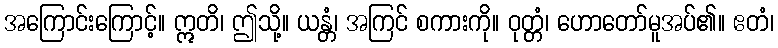
အကြောင်းကြောင့်။ ဣတိ၊ ဤသို့။ ယန္တံ၊ အကြင် စကားကို။ ဝုတ္တံ၊ ဟောတော်မူအပ်၏။ ဧတံ၊